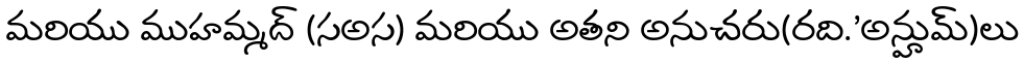
మరియు ముహమ్మద్ (సఅస) మరియు అతని అనుచరు(రది.'అన్హుమ్)లు